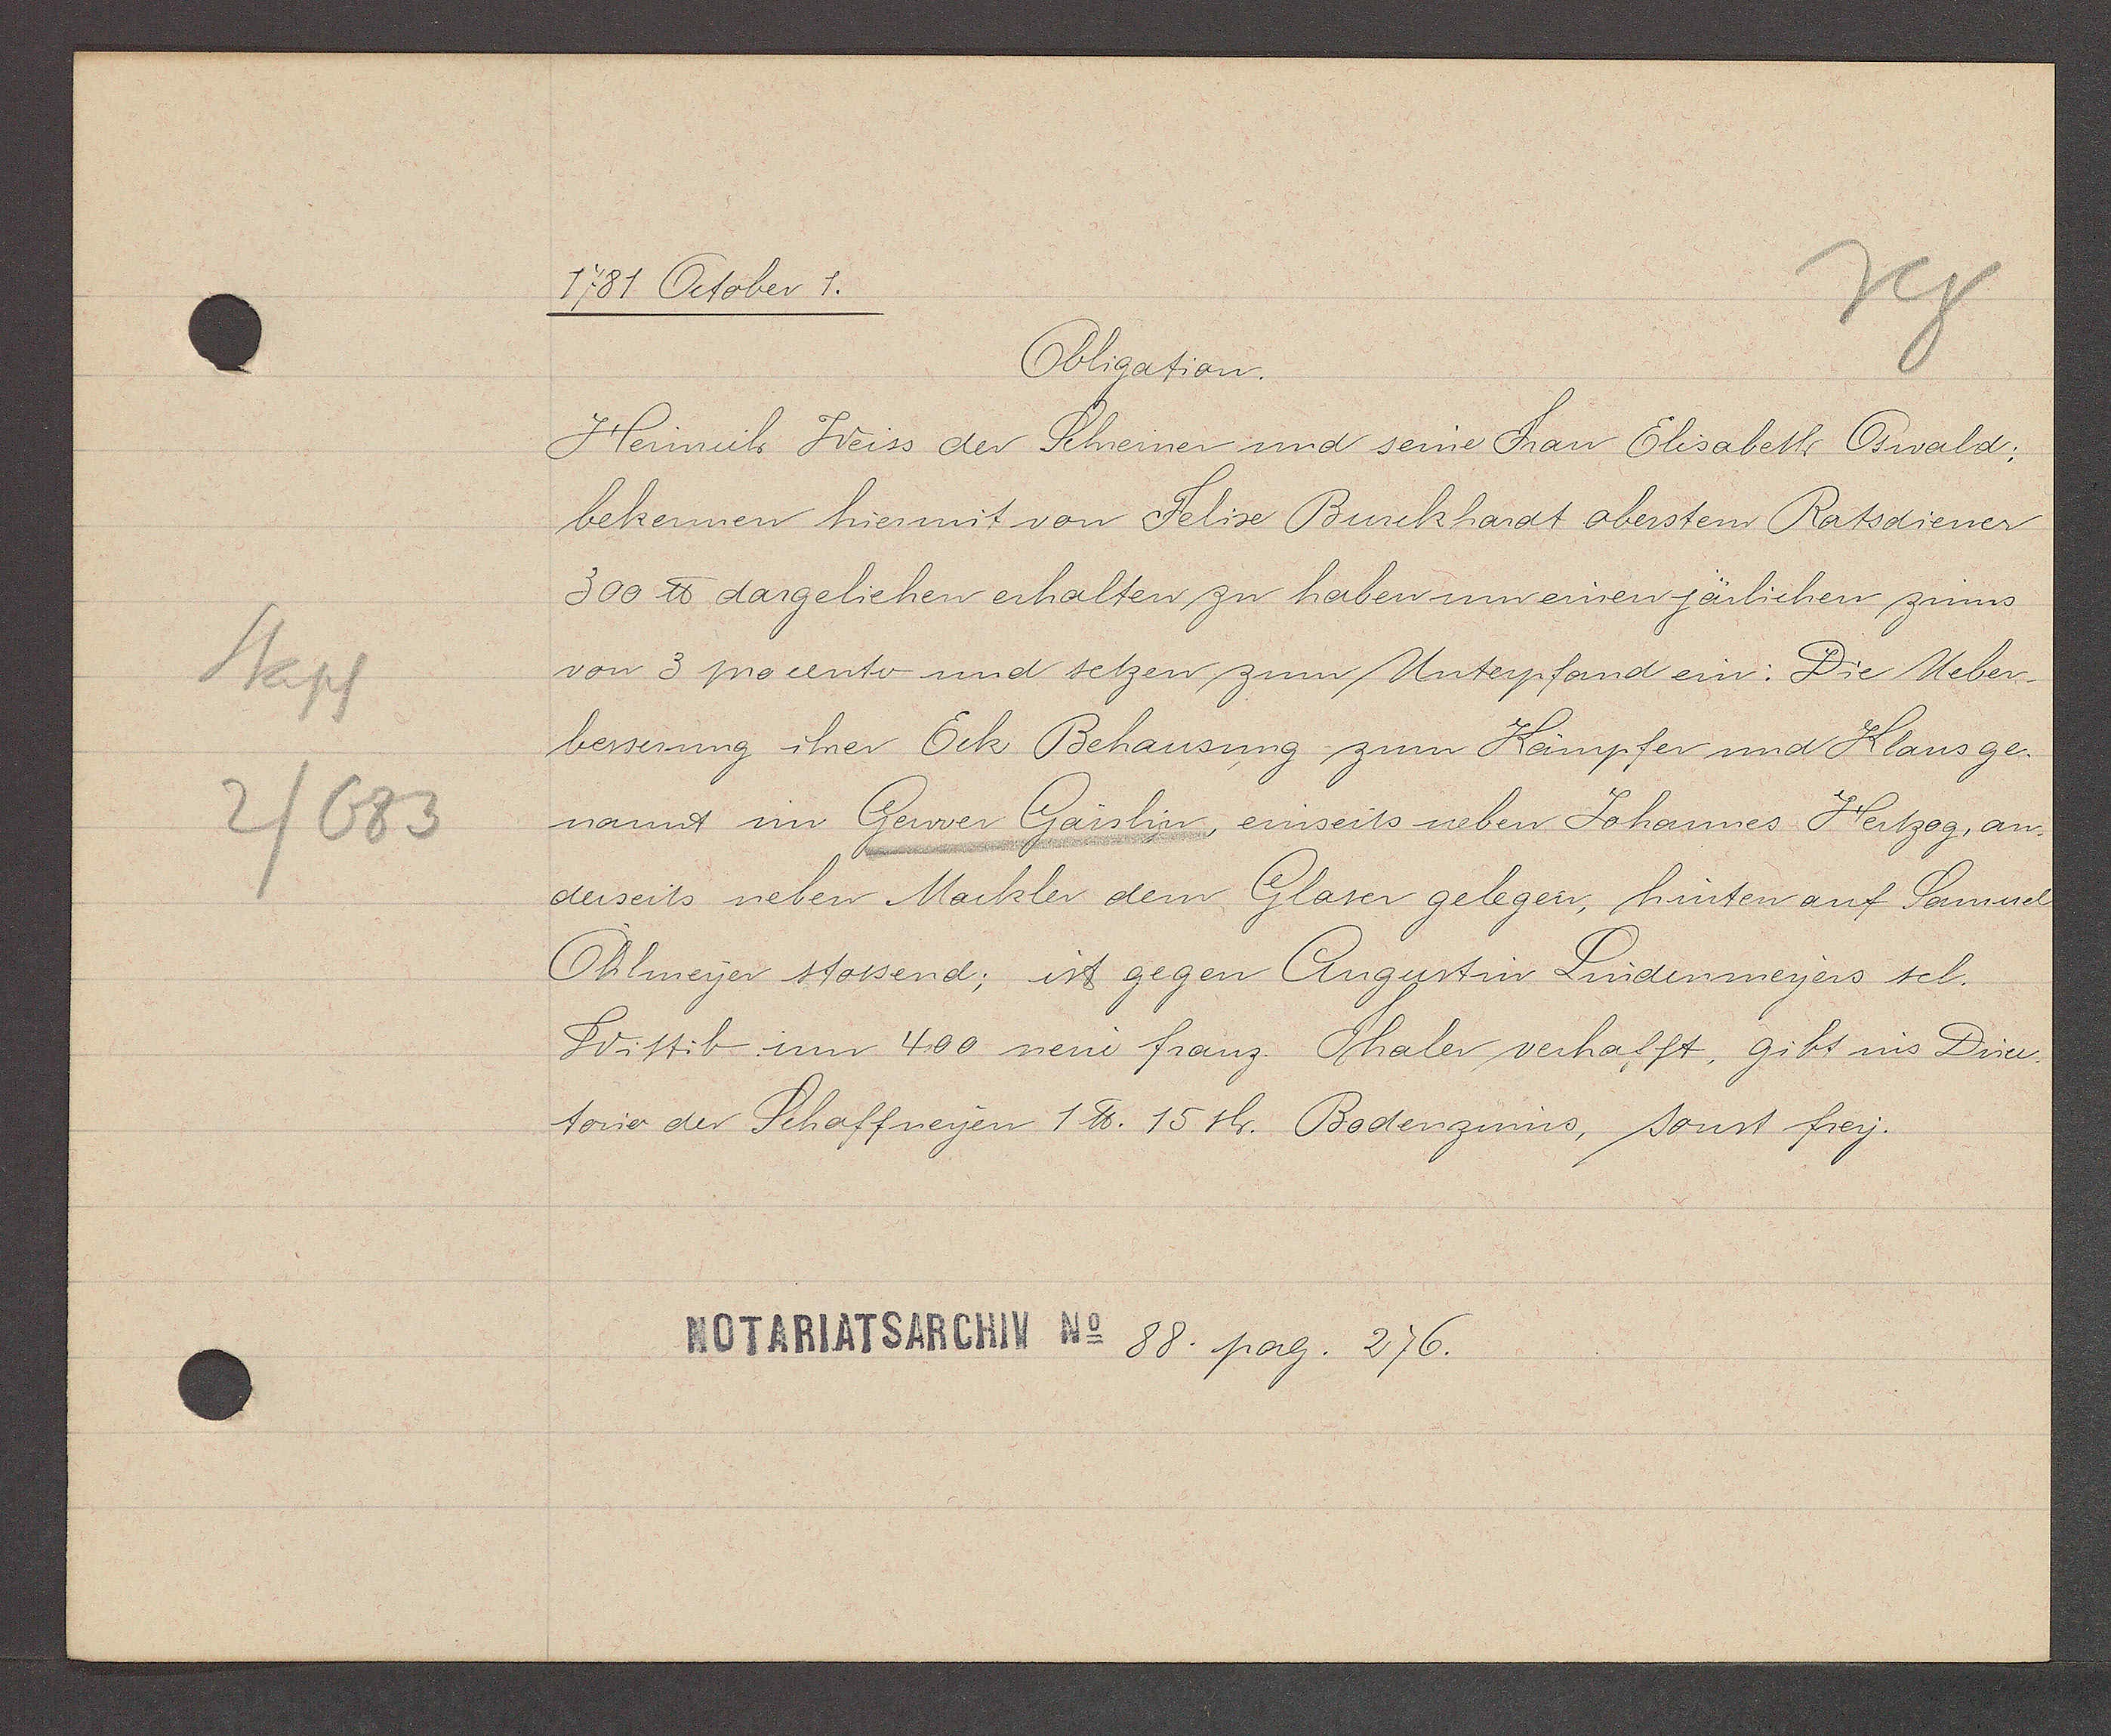
Transcript:
Stapf
2/683

1781 October 1.

Obligation.
Heinrich Weiss der Schreiner und seine Frau Elisabeth Oswald:
bekennen hiermit von Felix Burckhardt abersten Ratsdiener
300 ℔ dargeliehen erhalten zu haben um einen järlichen zinns
von 3 procento und setzen zum Unterpfand ein: Die Ueber¬
besserung ihrer Eck Behausung zum Kämpfer und Klaus ge-
nannt im Gerwer Gaislin einseits neben Johannes Hertzog, an-
derseits neben Mackler dem Glaser gelegen, hinten auf Samuel
Ohlmeyer stossend; ist gegen Augustin Lindenmeyers sel.
Wittib um 400 neue franz. Thaler verhafft, gibt ins Direc.
torio der Schaffneyen 1 ℔. 15 sh. Bodenzinns, sonst frey.

Notariatsarchiv No 88. pag. 276